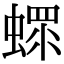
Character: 𧎖